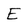
Character: E